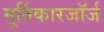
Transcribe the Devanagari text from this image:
मूर्तिकारजॉर्ज